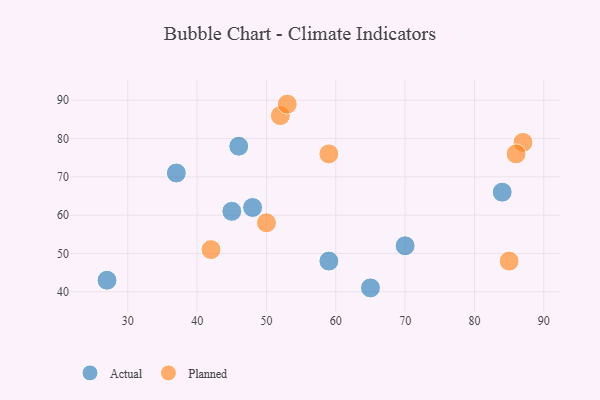
{"axis": {"x": "GDP", "y": "Life Expectancy"}, "legend": ["Actual", "Planned"], "data": [{"x": "48", "y": 62, "type": "Actual"}, {"x": "84", "y": 66, "type": "Actual"}, {"x": "46", "y": 78, "type": "Actual"}, {"x": "37", "y": 71, "type": "Actual"}, {"x": "27", "y": 43, "type": "Actual"}, {"x": "45", "y": 61, "type": "Actual"}, {"x": "70", "y": 52, "type": "Actual"}, {"x": "59", "y": 48, "type": "Actual"}, {"x": "65", "y": 41, "type": "Actual"}, {"x": "87", "y": 79, "type": "Planned"}, {"x": "50", "y": 58, "type": "Planned"}, {"x": "42", "y": 51, "type": "Planned"}, {"x": "52", "y": 86, "type": "Planned"}, {"x": "59", "y": 76, "type": "Planned"}, {"x": "53", "y": 89, "type": "Planned"}, {"x": "86", "y": 76, "type": "Planned"}, {"x": "85", "y": 48, "type": "Planned"}]}